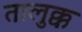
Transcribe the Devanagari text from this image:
तालुक्क